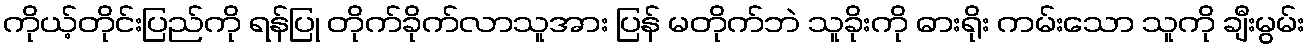
ကိုယ့်တိုင်းပြည်ကို ရန်ပြု တိုက်ခိုက်လာသူအား ပြန် မတိုက်ဘဲ သူခိုးကို ဓားရိုး ကမ်းသော သူကို ချီးမွမ်း